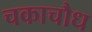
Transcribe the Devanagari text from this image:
चकाचौध